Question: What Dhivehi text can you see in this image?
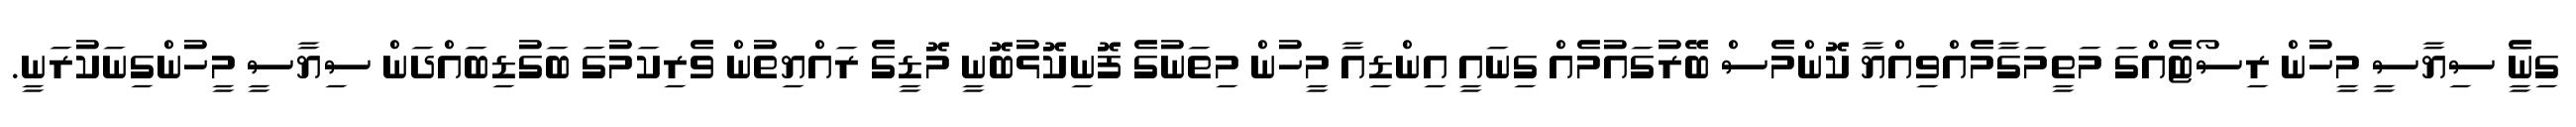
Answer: ގިނަެީ ސިޔާސީ މީހުން ރިސޯޓެއްގަ މަތީމަގާމެއްވިއްޔާ ކޮންމެސް ބޭރުގައުމެއް ގިނައީ އިންޑިއާ މީހުން މިތަނުގެ ފޮނިކޮޅުބޮނީ މޮޑީގެ ރައްޔިތުން ވެރިކަމުގަ ބަގުޑިބައްދަން ސިޔާސީ މީހުންގިނަކުރަނީ.